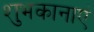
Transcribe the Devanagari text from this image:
शुभकानाएं